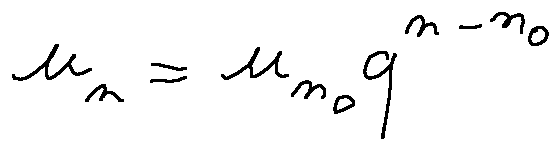
u _ { n } = u _ { n _ { 0 } } q ^ { n - n _ { 0 } }